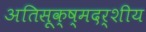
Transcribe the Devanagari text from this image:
अतिसूक्ष्मदर्शीय